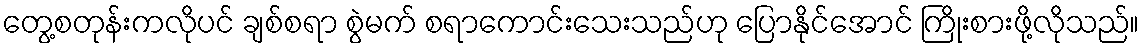
တွေ့စတုန်းကလိုပင် ချစ်စရာ စွဲမက် စရာကောင်းသေးသည်ဟု ပြောနိုင်အောင် ကြိုးစားဖို့လိုသည်။